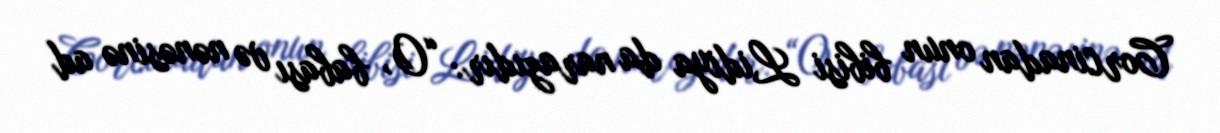
Corcinadan onun bibisi Lidiya da narazıdır: “O, babası və nənəsinə ad